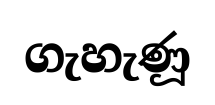
ගැහැණූ